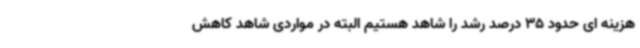
هزینه ای حدود 35 درصد رشد را شاهد هستیم البته در مواردی شاهد کاهش